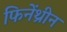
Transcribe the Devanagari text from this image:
फिनेंथ्रीन